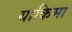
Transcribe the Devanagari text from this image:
याकिमा